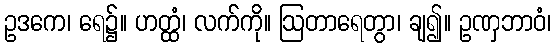
ဥဒကေ၊ ရေ၌။ ဟတ္ထံ၊ လက်ကို။ ဩတာရေတွာ၊ ချ၍။ ဥဏှဘာဝံ၊